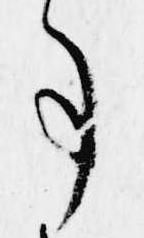
事